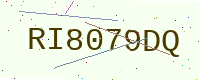
Text: RI8079DQ